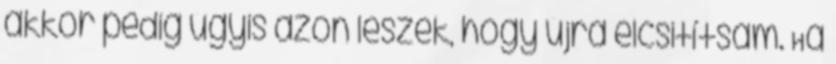
akkor pedig úgyis azon leszek, hogy újra elcsitítsam. Ha